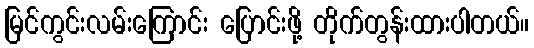
မြင်ကွင်းလမ်းကြောင်း ပြောင်းဖို့ တိုက်တွန်းထားပါတယ်။